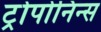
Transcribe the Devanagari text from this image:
ट्रोपोनिन्स